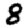
Digit: 8